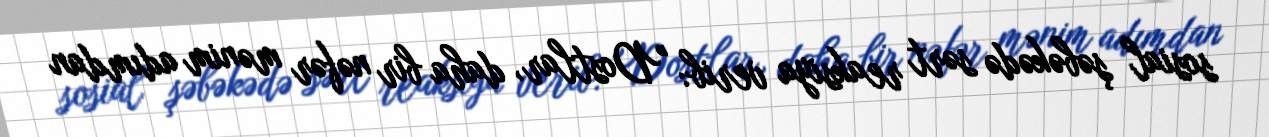
sosial şəbəkədə sərt reaksiya verib: "Dostlar, daha bir nəfər mənim adımdan